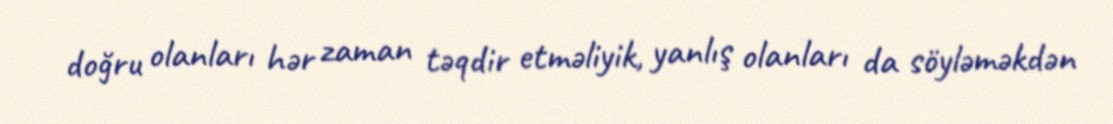
doğru olanları hər zaman təqdir etməliyik, yanlış olanları da söyləməkdən